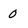
Character: 0